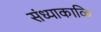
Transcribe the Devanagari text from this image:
संध्याकाळि